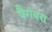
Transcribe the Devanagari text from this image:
पैगंबरा